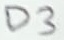
Text: D3